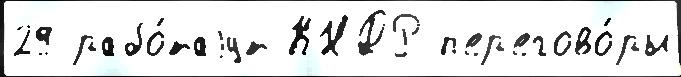
29 рабо́таjут КНДР п'ер'егово́ры